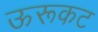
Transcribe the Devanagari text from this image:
ऊरूकट